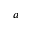
a